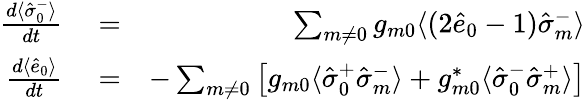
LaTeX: \begin{array}{rlr}{\frac{d\langle\hat{\sigma}_{0}^{-}\rangle}{dt}}&{{}=}&{\sum_{m\neq 0}g_{m0}\langle(2\hat{e}_{0}-1)\hat{\sigma}_{m}^{-}\rangle}\\ {\frac{d\langle\hat{e}_{0}\rangle}{dt}}&{{}=}&{-\sum_{m\neq 0}\left[g_{m0}\langle\hat{\sigma}_{0}^{+}\hat{\sigma}_{m}^{-}\rangle+g_{m0}^{*}\langle\hat{\sigma}_{0}^{-}\hat{\sigma}_{m}^{+}\rangle\right]}\end{array}